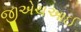
જીએચઆઈ